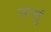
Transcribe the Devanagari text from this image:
तन्तुं